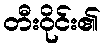
တီးဝိုင်း၏